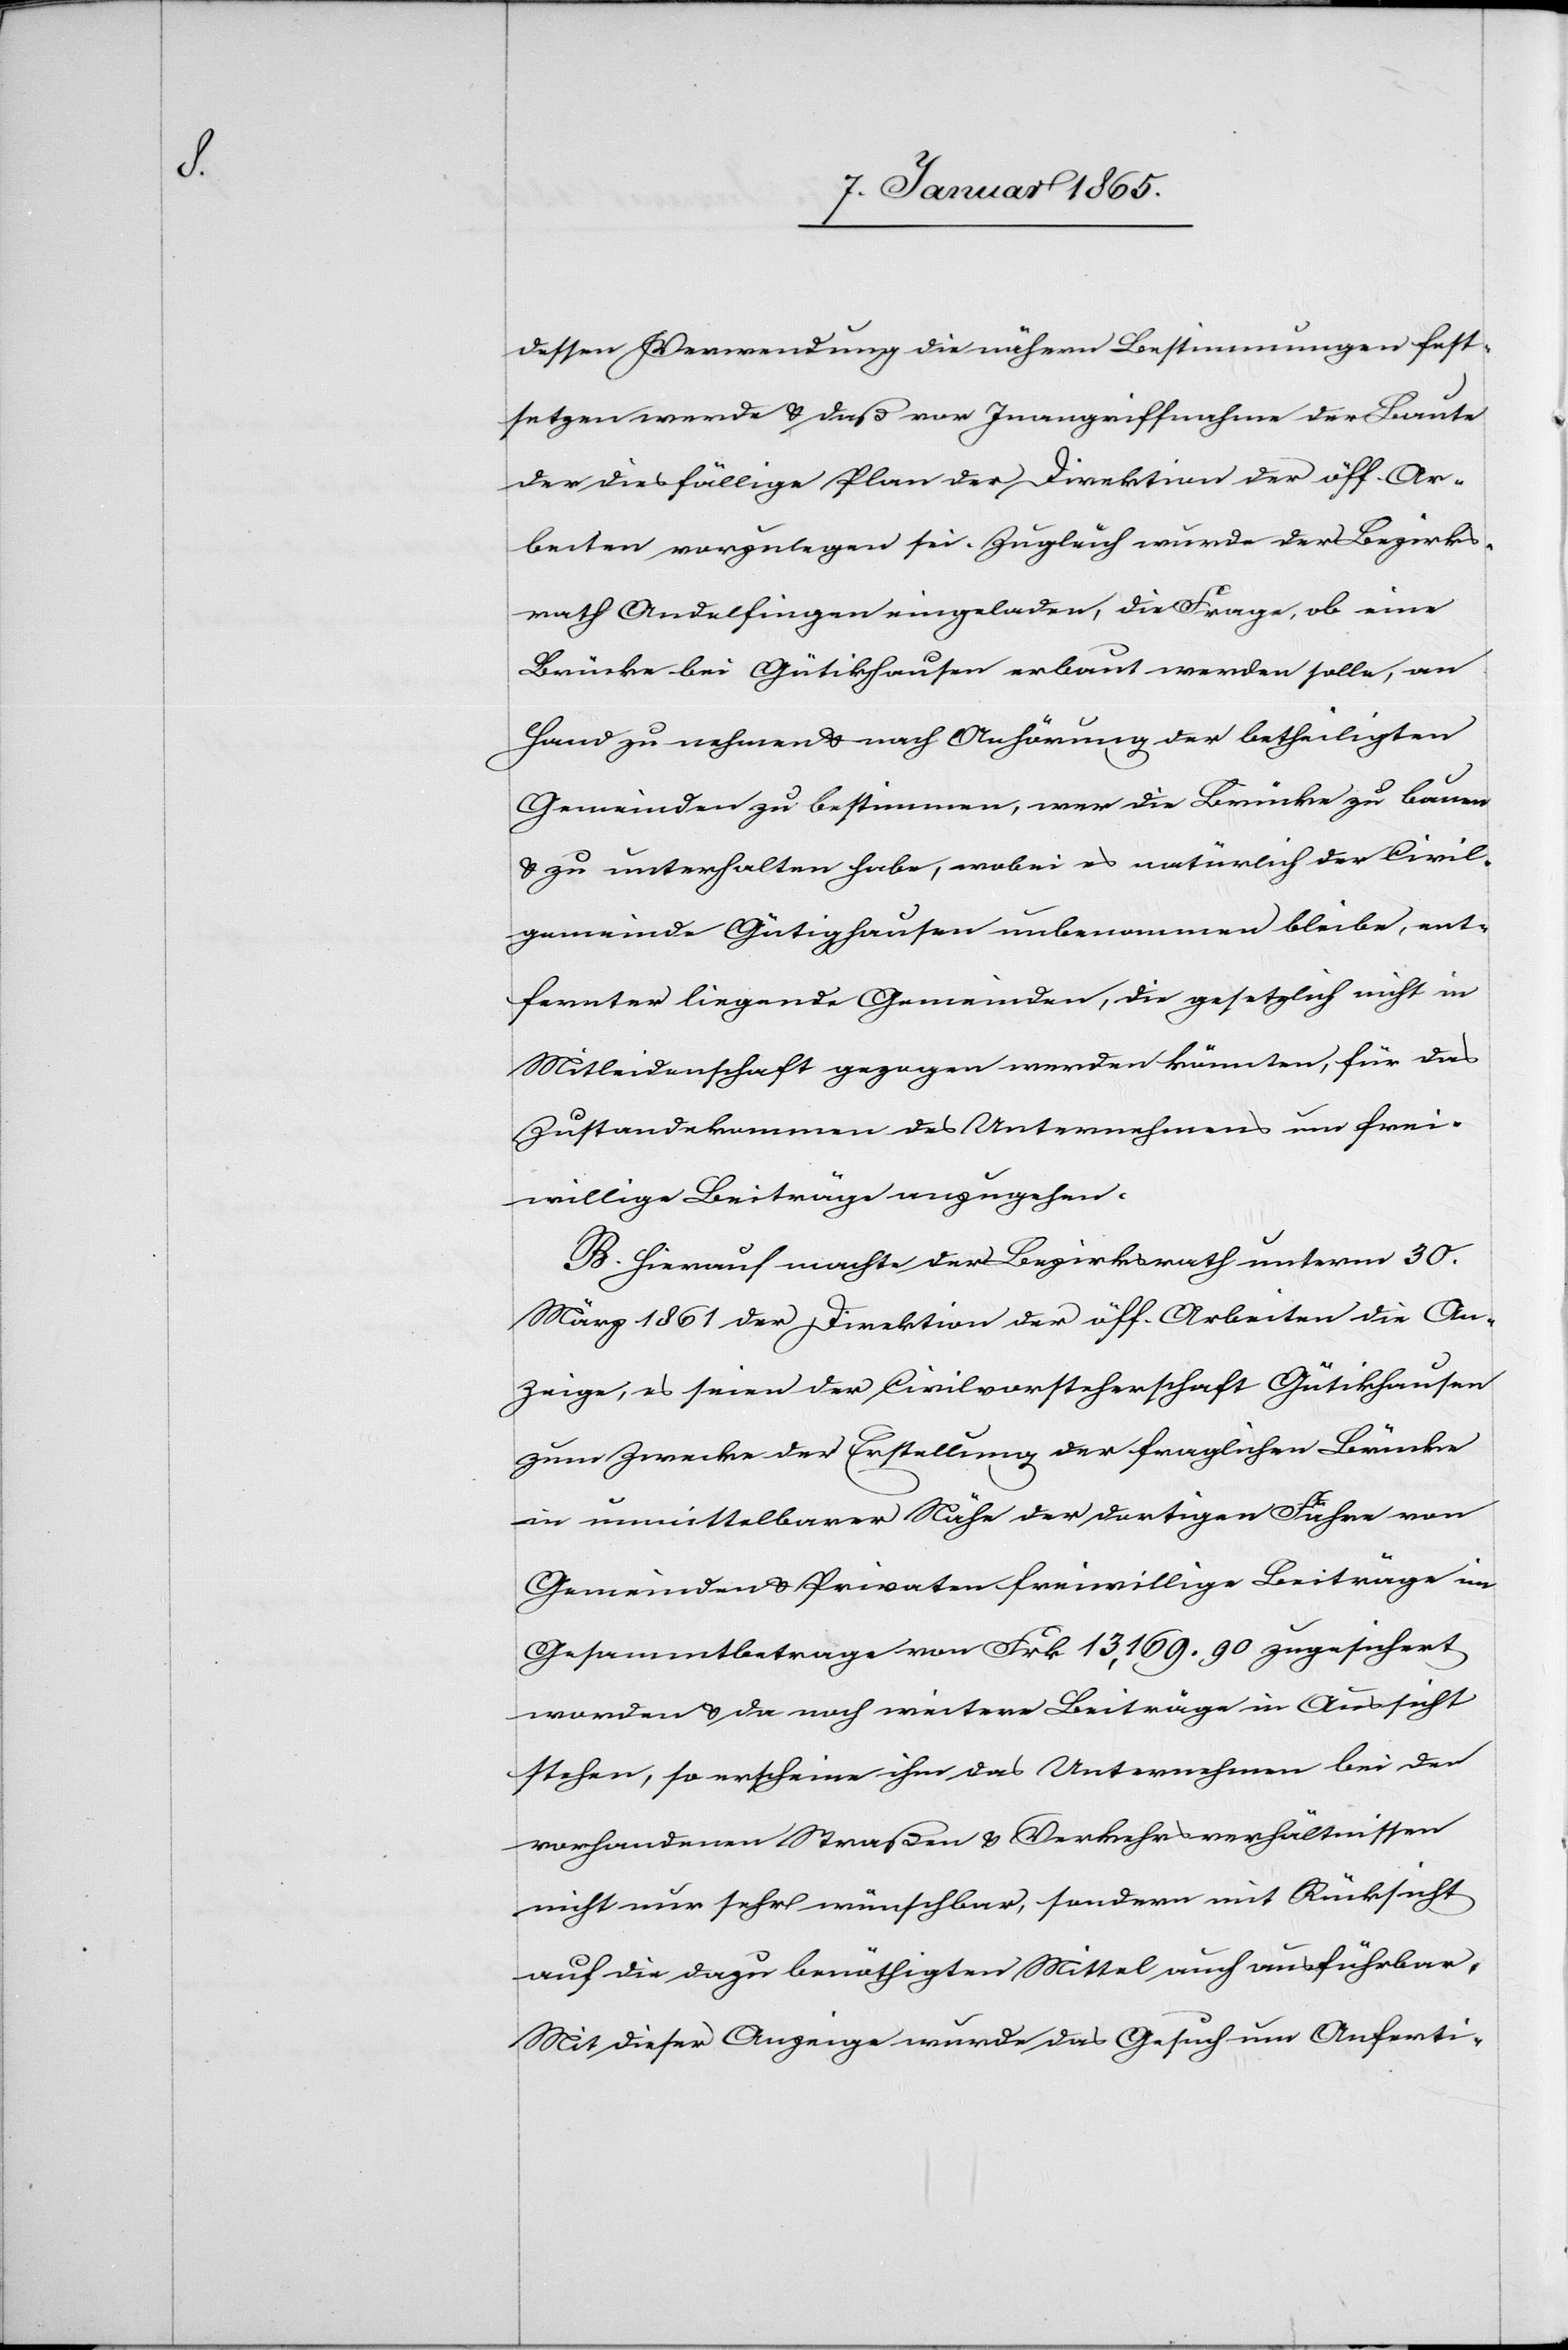
dessen Verwendung die nähern Bestimmungen fest¬
setzen werde & daß vor Inangriffnahme der Baute
der diesfällige Plan der Direktion der öff. Ar¬
beiten vorzulegen sei. Zugleich wurde der Bezirks¬
rath Andelfingen eingeladen, die Frage, ob eine
Brücke bei Gütikhausen erbaut werden solle, an
Hand zu nehmen u. nach Anhörung der betheiligten
Gemeinden zu bestimmen, wer die Brücke zu bauen
u. zu unterhalten habe, wobei es natürlich der Civil¬
gemeinde Gütighausen unbenommen bleibe, ent¬
fernter liegende Gemeinden, die gesetzlich nicht in
Mitleidenschaft gezogen werden könnten, für das
Zustandekommen des Unternehmens um frei¬
willige Beiträge anzugehen.
B. Hierauf machte der Bezirksrath unterm 30.
März 1861 der Direktion der öff. Arbeiten die An¬
zeige, es seien der Civilvorsteherschaft Gütikhausen
zum Zwecke der Erstellung der fraglichen Brücke
in unmittelbarer Nähe der dortigen Fuhre von
Gemeinden u. Privaten freiwillige Beiträge im
Gesammtbetrage von Frk 13,169. 90 zugesichert
worden u. da noch weitere Beiträge in Aussicht
stehen, so erscheine ihm das Unternehmen bei den
vorhandenen Straßen[-] u. Verkehrsverhältnissen
nicht nur sehr wünschbar, sondern mit Rücksicht
auf die dazu benöthigten Mittel auch ausführbar.
Mit dieser Anzeige wurde das Gesuch um Anferti-